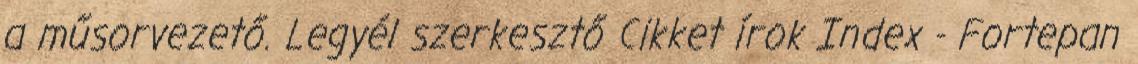
a műsorvezető. Legyél szerkesztő Cikket írok Index - Fortepan